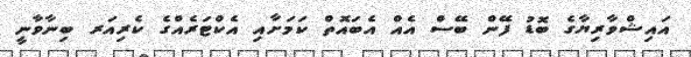
އައިޝްވާރިޔާގެ ބޮޑު ފޭން ބޭސް އެއް އެބައޮތް ކަމަށާއި އެކްޓަރެއްގެ ކެރިއަރ ބިނާވާނީ